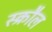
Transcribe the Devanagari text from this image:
स्क्रौल